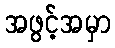
အဖွင့်အမှာ